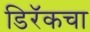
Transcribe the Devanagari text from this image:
डिरॅकचा